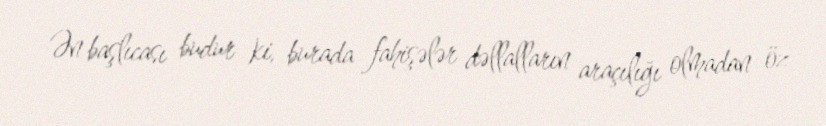
Ən başlıcası budur ki, burada fahişələr dəllalların araçılığı olmadan öz